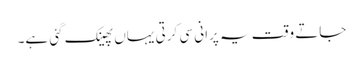
جاتے وقت یہ پرانی سی کرتی یہاں پھینک گئی ہے۔